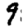
Digit: 9